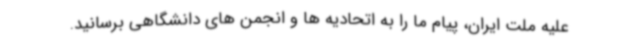
علیه ملت ایران، پیام ما را به اتحادیه ها و انجمن های دانشگاهی برسانید.